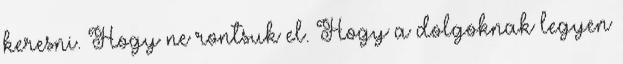
keresni. Hogy ne rontsuk el. Hogy a dolgoknak legyen